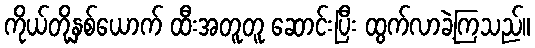
ကိုယ်တို့နှစ်ယောက် ထီးအတူတူ ဆောင်းပြီး ထွက်လာခဲ့ကြသည်။